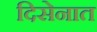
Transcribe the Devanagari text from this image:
दिसेनात